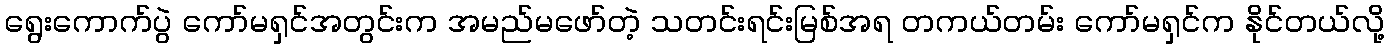
ရွေးကောက်ပွဲ ကော်မရှင်အတွင်းက အမည်မဖော်တဲ့ သတင်းရင်းမြစ်အရ တကယ်တမ်း ကော်မရှင်က နိုင်တယ်လို့